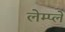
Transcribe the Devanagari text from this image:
लेम्प्ले